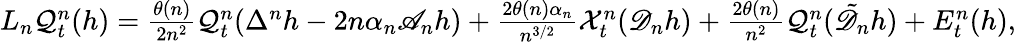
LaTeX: \begin{array}{r}{L_{n}\mathcal{Q}_{t}^{n}(h)=\frac{\theta(n)}{2n^{2}}\mathcal{Q}_{t}^{n}(\Delta^{n}h-2n\alpha_{n}\mathscr{A}_{n}h)+\frac{2\theta(n)\alpha_{n}}{n^{3/2}}\mathcal{X}_{t}^{n}(\mathscr{D}_{n}h)+\frac{2\theta(n)}{n^{2}}\mathcal{Q}_{t}^{n}(\tilde{\mathscr{D}_{n}}h)+E_{t}^{n}(h),}\end{array}